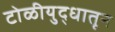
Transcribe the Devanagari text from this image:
टोळीयुद्धातून